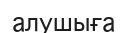
алушыға